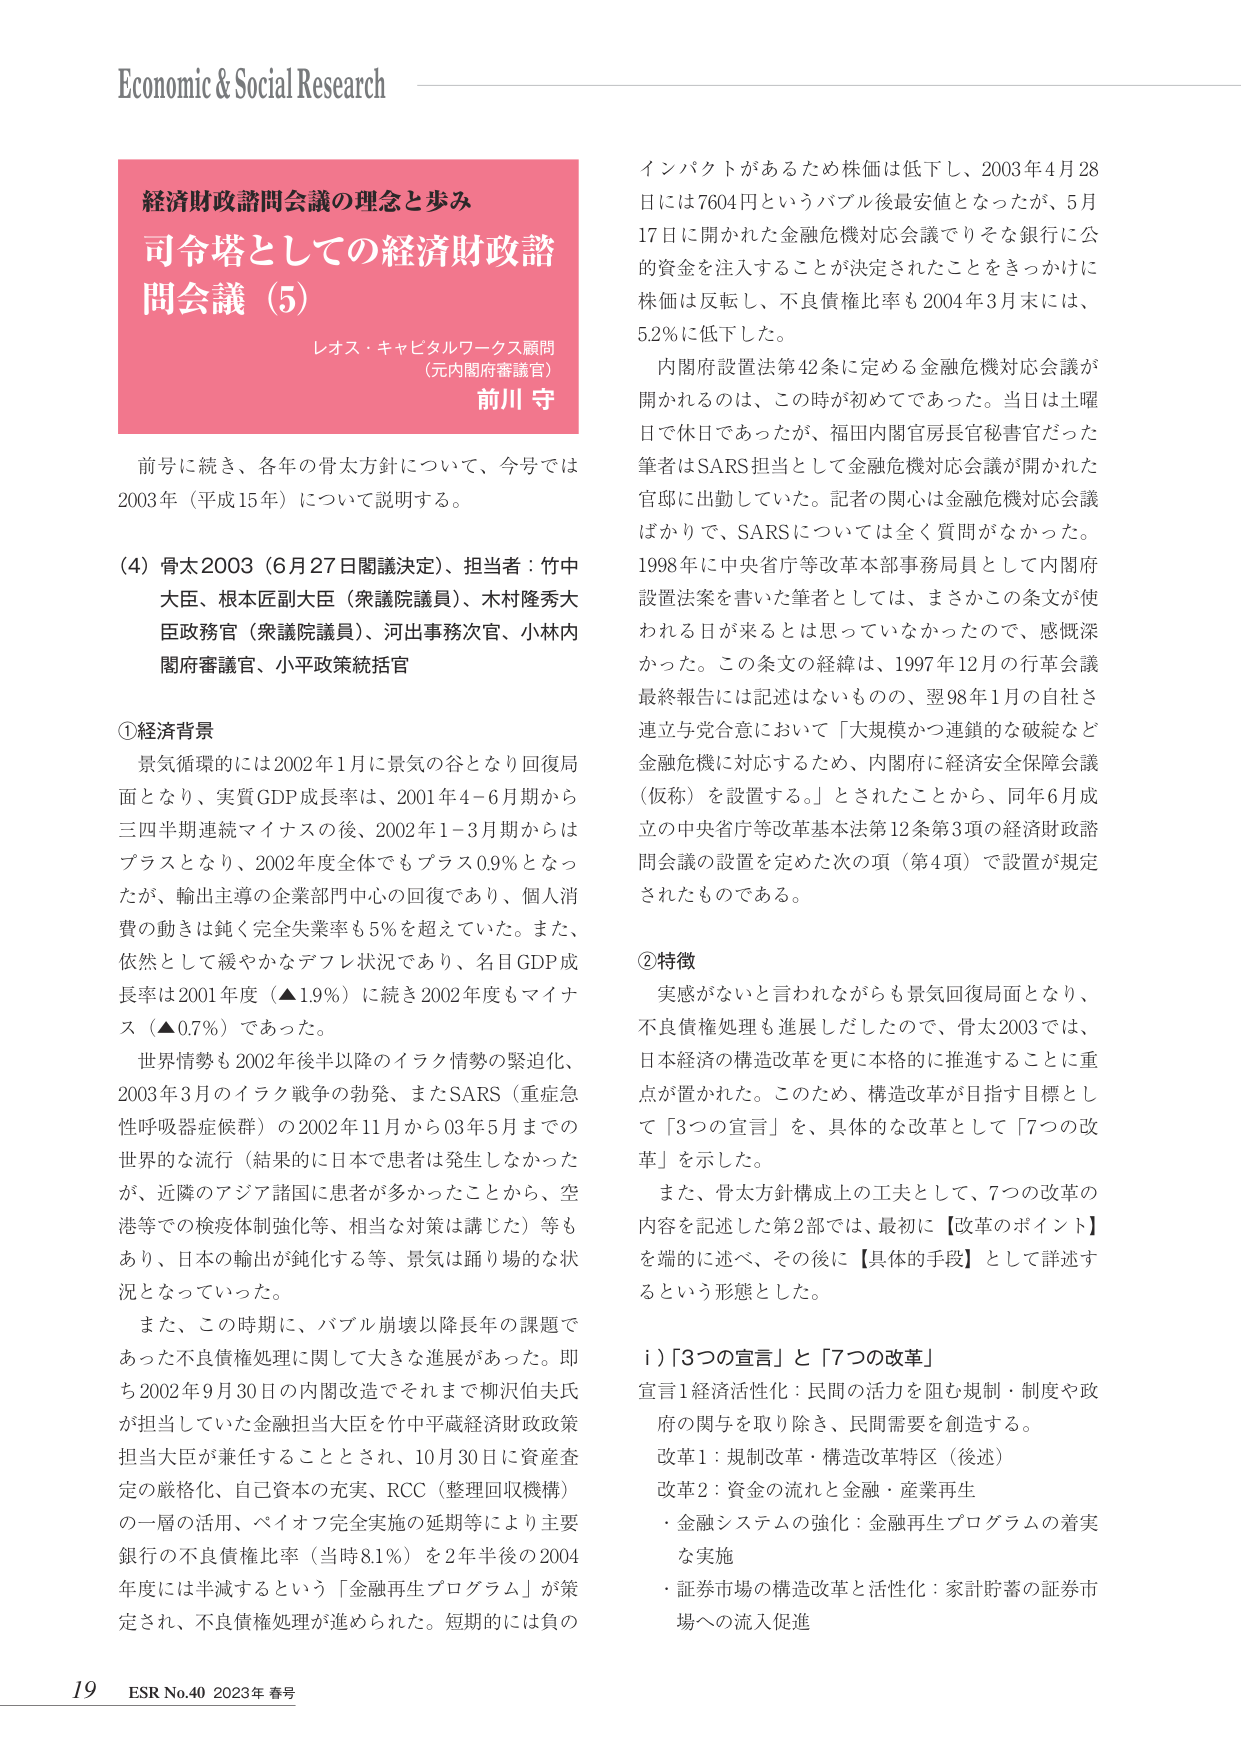
Economic & Social Research

経済財政諮問会議の理念と歩み
司令塔としての経済財政諮問会議（5）
レオス・キャピタルワークス顧問
（元内閣府審議官）
前川 守

前号に続き、各年の骨太方針について、今号では
2003年（平成15年）について説明する。

(4) 骨太2003（6月27日閣議決定）、担当者：竹中
大臣、根本匠副大臣（衆議院議員）、木村隆秀大
臣政務官（衆議院議員）、河出事務次官、小林内
閣府審議官、小平政策統括官

①経済背景
景気循環的には2002年1月に景気の谷となり回復局
面となり、実質GDP成長率は、2001年4－6月期から
三四半期連続マイナスの後、2002年1－3月期からは
プラスとなり、2002年度全体でもプラス0.9％となっ
たが、輸出主導の企業部門中心の回復であり、個人消
費の動きは鈍く完全失業率も5％を超えていた。また、
依然として緩やかなデフレ状況であり、名目GDP成
長率は2001年度（▲1.9％）に続き2002年度もマイナ
ス（▲0.7％）であった。
世界情勢も2002年後半以降のイラク情勢の緊迫化、
2003年3月のイラク戦争の勃発、またSARS（重症急
性呼吸器症候群）の2002年11月から03年5月までの
世界的な流行（結果的に日本で患者は発生しなかった
が、近隣のアジア諸国に患者が多かったことから、空
港等での検疫体制強化等、相当な対策は講じた）等も
あり、日本の輸出が鈍化する等、景気は踊り場的な状
況となっていった。
また、この時期に、バブル崩壊以降長年の課題で
あった不良債権処理に関して大きな進展があった。即
ち2002年9月30日の内閣改造でそれまで柳沢伯夫氏
が担当していた金融担当大臣を竹中平蔵経済財政政策
担当大臣が兼任することとされ、10月30日に資産査
定の厳格化、自己資本の充実、RCC（整理回収機構）
の一層の活用、ベイオフ完全実施の延期等により主要
銀行の不良債権比率（当時8.1％）を2年半後の2004
年度には半減するという「金融再生プログラム」が策
定され、不良債権処理が進められた。短期的には負の

インパクトがあるため株価は低下し、2003年4月28
日には7604円というバブル後最安値となったが、5月
17日に開かれた金融危機対応会議でりそな銀行に公
的資金を注入することが決定されたことをきっかけに
株価は反転し、不良債権比率も2004年3月末には、
5.2％に低下した。
内閣府設置法第42条に定める金融危機対応会議が
開かれるのは、この時が初めてであった。当日は土曜
日で休日であったが、福田内閣官房長官秘書官だった
筆者はSARS担当として金融危機対応会議が開かれた
官邸に出勤していた。記者の関心は金融危機対応会議
ばかりで、SARSについては全く質問がなかった。
1998年に中央省庁等改革本部事務局員として内閣府
設置法案を書いた筆者としては、まさかこの条文が使
われる日が来るとは思っていなかったので、感慨深
かった。この条文の経緯は、1997年12月の行革会議
最終報告には記述はないものの、翌98年1月の自社さ
連立与党合意において「大規模かつ連鎖的な破綻など
金融危機に対応するため、内閣府に経済安全保障会議
（仮称）を設置する。」とされたことから、同年6月成
立の中央省庁等改革基本法第12条第3項の経済財政諮
問会議の設置を定めた次の項（第4項）で設置が規定
されたものである。

②特徴
実感がないと言われながらも景気回復局面となり、
不良債権処理も進展しだしたので、骨太2003では、
日本経済の構造改革を更に本格的に推進することに重
点が置かれた。このため、構造改革が目指す目標とし
て「3つの宣言」を、具体的な改革として「7つの改
革」を示した。
また、骨太方針構成上の工夫として、7つの改革の
内容を記述した第2部では、最初に【改革のポイント】
を端的に述べ、その後に【具体的手段】として詳述す
るという形態とした。

i）「3つの宣言」と「7つの改革」
宣言1 経済活性化：民間の活力を阻む規制・制度や政
府の関与を取り除き、民間需要を創造する。
改革1：規制改革・構造改革特区（後述）
改革2：資金の流れと金融・産業再生
・金融システムの強化：金融再生プログラムの着実
な実施
・証券市場の構造改革と活性化：家計貯蓄の証券市
場への流入促進

19 ESR No.40 2023年 春号